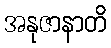
အနုဇာနာတိ